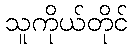
သူကိုယ်တိုင်